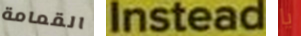
القمامة Instead يا